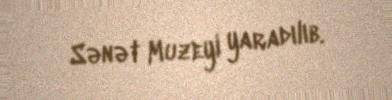
Sənət Muzeyi yaradılıb.